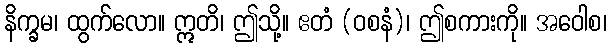
နိက္ခမ၊ ထွက်လော။ ဣတိ၊ ဤသို့။ ဧတံ (ဝစနံ)၊ ဤစကားကို။ အဝေါစ၊